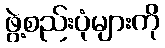
ဖွဲ့စည်းပုံများကို